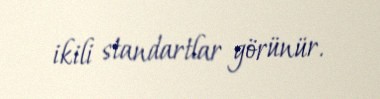
ikili standartlar görünür.